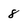
Character: 8